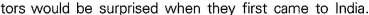
tors would be surprised when they first came to India.